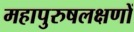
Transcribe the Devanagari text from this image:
महापुरुषलक्षणों